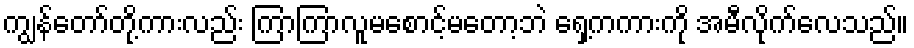
ကျွန်တော်တို့ကားလည်း ကြာကြာလူမစောင့်မတော့ဘဲ ရှေ့ကကားကို အမီလိုက်လေသည်။